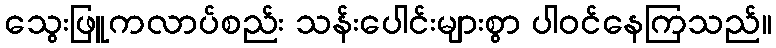
သွေးဖြူကလာပ်စည်း သန်းပေါင်းများစွာ ပါဝင်နေကြသည်။